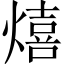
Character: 熺